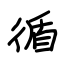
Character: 循